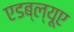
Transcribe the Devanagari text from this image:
एडब्ल्यूए